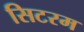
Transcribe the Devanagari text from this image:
सिटरम